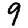
Digit: 9